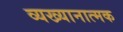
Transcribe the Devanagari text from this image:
व्यख्यानात्मक